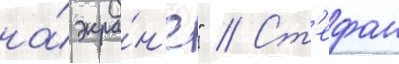
на́ экра́н'е" // Ст'ефан